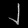
Digit: ၂